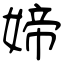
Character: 媂